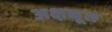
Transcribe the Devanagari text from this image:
अक्षद्यूत